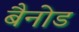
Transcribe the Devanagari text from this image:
बैनोड